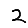
Digit: 2